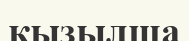
қызылша